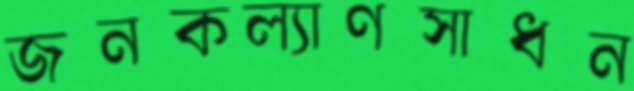
জনকল্যাণসাধন